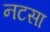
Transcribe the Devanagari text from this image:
नटसा